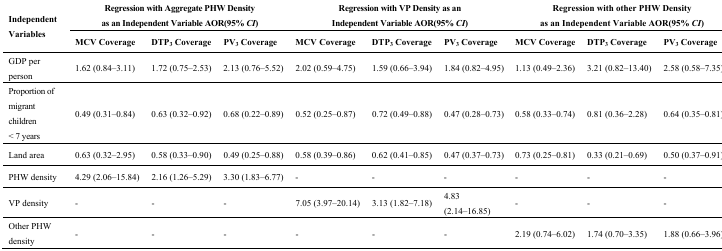
| <ROWSPAN=2> Independent Variables | <COLSPAN=3> Regression with Aggregate PHW Density as an Independent Variable AOR(95% CI) | <COLSPAN=3> Regression with VP Density as an Independent Variable AOR(95% CI) | <COLSPAN=3> Regression with other PHW Density as an Independent Variable AOR(95% CI) |
 | MCV Coverage | DTP3 Coverage | PV3 Coverage | MCV Coverage | DTP3 Coverage | PV3 Coverage | MCV Coverage | DTP3 Coverage | PV3 Coverage |
 | --- | --- | --- | --- | --- | --- | --- | --- | --- | --- |
 | GDP per person | 1.62 (0.84–3.11) | 1.72 (0.75–2.53) | 2.13 (0.76–5.52) | 2.02 (0.59–4.75) | 1.59 (0.66–3.94) | 1.84 (0.82–4.95) | 1.13 (0.49–2.36) | 3.21 (0.82–13.40) | 2.58 (0.58–7.35) |
 | Proportion of migrant children < 7 years | 0.49 (0.31–0.84) | 0.63 (0.32–0.92) | 0.68 (0.22–0.89) | 0.52 (0.25–0.87) | 0.72 (0.49–0.88) | 0.47 (0.28–0.73) | 0.58 (0.33–0.74) | 0.81 (0.36–2.28) | 0.64 (0.35–0.81) |
 | Land area | 0.63 (0.32–2.95) | 0.58 (0.33–0.90) | 0.49 (0.25–0.88) | 0.58 (0.39–0.86) | 0.62 (0.41–0.85) | 0.47 (0.37–0.73) | 0.73 (0.25–0.81) | 0.33 (0.21–0.69) | 0.50 (0.37–0.91) |
 | PHW density | 4.29 (2.06–15.84) | 2.16 (1.26–5.29) | 3.30 (1.83–6.77) | - | - | - | - | - | - |
 | VP density | - | - | - | 7.05 (3.97–20.14) | 3.13 (1.82–7.18) | 4.83 (2.14–16.85) | - | - | - |
 | Other PHW density | - | - | - | - | - | - | 2.19 (0.74–6.02) | 1.74 (0.70–3.35) | 1.88 (0.66–3.96) |